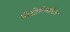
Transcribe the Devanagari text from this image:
प्रोटोमोनाडिडा